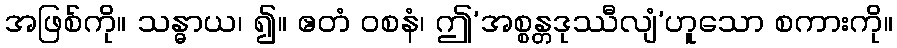
အဖြစ်ကို။ သန္ဓာယ၊ ၍။ ဧတံ ဝစနံ၊ ဤ’အစ္စန္တဒုဿီလျံ’ဟူသော စကားကို။